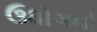
ઉધોગનો